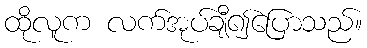
ထိုလူက လက်အုပ်ချီ၍ပြောသည်။